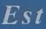
Est